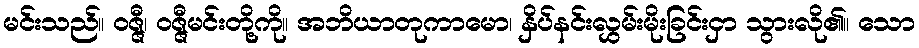
မင်းသည်။ ဝဇ္ဇီ၊ ဝဇ္ဇီမင်းတို့ကို။ အဘိယာတုကာမော၊ နှိပ်နင်းလွှမ်းမိုးခြင်းငှာ သွားလို၏။ သော